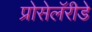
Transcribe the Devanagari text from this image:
प्रोसेलॅरीडे